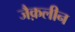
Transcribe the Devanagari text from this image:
जैक़लीन